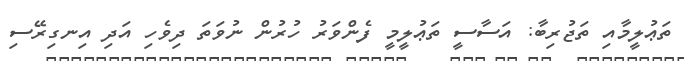
ތަޢުލީމާއި ތަޖުރިބާ: އަސާސީ ތަޢުލީމީ ފެންވަރު ހުރުން ނުވަތަ ދިވެހި އަދި އިނގިރޭސި